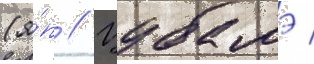
(я́п // Цубамэ /